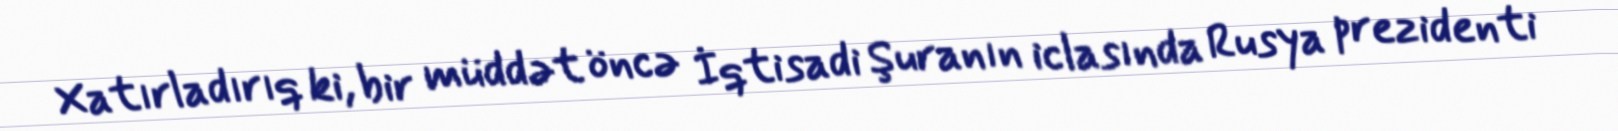
Xatırladırıq ki, bir müddət öncə İqtisadi Şuranın iclasında Rusya prezidenti